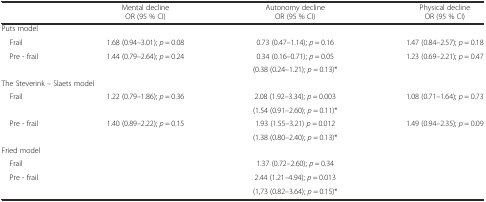
<table><thead><tr><td></td><td><b>Mental declineOR (95 % CI)</b></td><td><b>Autonomy declineOR (95 % CI)</b></td><td><b>Physical declineOR (95 % CI)</b></td></tr></thead><tbody><tr><td colspan="4">Puts model</td></tr><tr><td> Frail</td><td>1.68 (0.94–3.01); <i>p</i> = 0.08</td><td>0.73 (0.47–1.14); <i>p</i> = 0.16</td><td>1.47 (0.84–2.57); <i>p</i> = 0.18</td></tr><tr><td> Pre - frail</td><td>1.44 (0.79–2.64); <i>p</i> = 0.24</td><td>0.34 (0.16–0.71); <i>p</i> = 0.05</td><td>1.23 (0.69–2.21); <i>p</i> = 0.47</td></tr><tr><td colspan="2"></td><td>(0.38 (0.24–1.21); <i>p</i> = 0.13)*</td><td></td></tr><tr><td colspan="4">The Steverink – Slaets model</td></tr><tr><td> Frail</td><td>1.22 (0.79–1.86); <i>p</i> = 0.36</td><td>2.08 (1.92–3.34); <i>p</i> = 0.003</td><td>1.08 (0.71–1.64); <i>p</i> = 0.73</td></tr><tr><td colspan="2"></td><td>(1.54 (0.91–2.60); <i>p</i> = 0.11)*</td><td></td></tr><tr><td> Pre - frail</td><td>1.40 (0.89–2.22); <i>p</i> = 0.15</td><td>1.93 (1.55–3.21) <i>p</i> = 0.012</td><td>1.49 (0.94–2.35); <i>p</i> = 0.09</td></tr><tr><td colspan="2"></td><td>(1.38 (0.80–2.40); <i>p</i> = 0.13)*</td><td></td></tr><tr><td colspan="4">Fried model</td></tr><tr><td> Frail</td><td></td><td>1.37 (0.72–2.60); <i>p</i> = 0.34</td><td></td></tr><tr><td> Pre - frail</td><td></td><td>2.44 (1.21–4.94); <i>p</i> = 0.013</td><td></td></tr><tr><td colspan="2"></td><td>(1,73 (0.82–3.64); <i>p</i> = 0.15)*</td><td></td></tr></tbody></table>